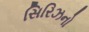
સિરિઝનો